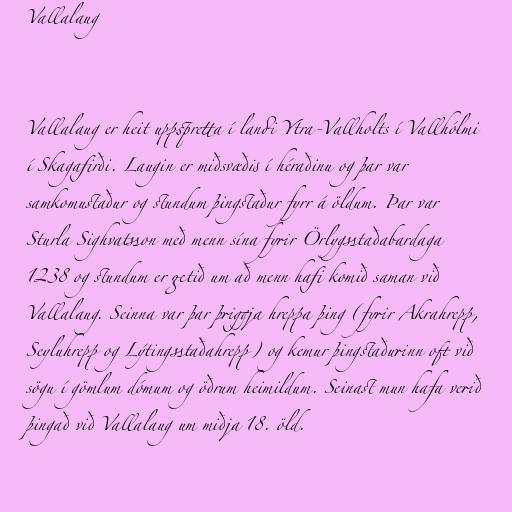
Vallalaug

Vallalaug er heit uppspretta í landi Ytra-Vallholts í Vallhólmi
í Skagafirði. Laugin er miðsvæðis í héraðinu og þar var
samkomustaður og stundum þingstaður fyrr á öldum. Þar var
Sturla Sighvatsson með menn sína fyrir Örlygsstaðabardaga
1238 og stundum er getið um að menn hafi komið saman við
Vallalaug. Seinna var þar þriggja hreppa þing (fyrir Akrahrepp,
Seyluhrepp og Lýtingsstaðahrepp) og kemur þingstaðurinn oft við
sögu í gömlum dómum og öðrum heimildum. Seinast mun hafa verið
þingað við Vallalaug um miðja 18. öld.